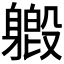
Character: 𫏯